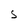
Character: S